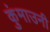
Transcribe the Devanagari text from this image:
कुंमाउनी